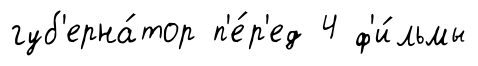
губ'ерна́тор п'е́р'ед 4 ф'и́льмы